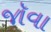
જૉવા